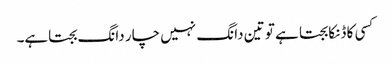
کسی کا ڈنکا بجتا ہے تو تین دانگ نہیں چار دانگ بجتاہے۔